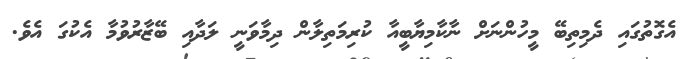
އެގޮތުގައި ދެމިތިބޭ މީހުންނަށް ނާކާމިޔާބީއާ ކުރިމަތިލާން ދިމާވަނީ ލަދާއި ބޭޒާރުވުމާ އެކުގަ އެވެ.